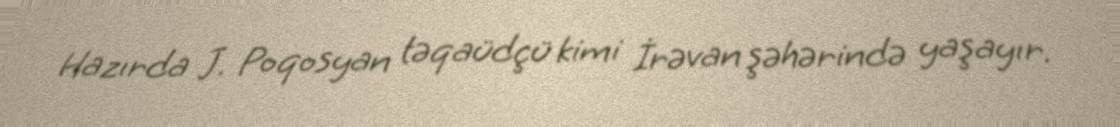
Hazırda J. Poqosyan təqaüdçü kimi İrəvan şəhərində yaşayır.